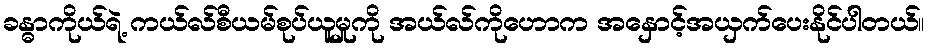
ခန္ဓာကိုယ်ရဲ့ ကယ်လ်စီယမ်စုပ်ယူမှုကို အယ်လ်ကိုဟောက အနှောင့်အယှက်ပေးနိုင်ပါတယ်။